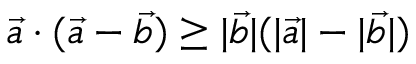
\vec { a } \cdot ( \vec { a } - \vec { b } ) \geq | \vec { b } | ( | \vec { a } | - | \vec { b } | )